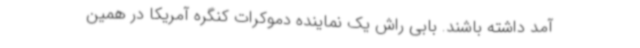
آمد داشته باشند. بابی راش یک نماینده دموکرات کنگره آمریکا در همین